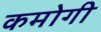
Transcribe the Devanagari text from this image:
कमोगी